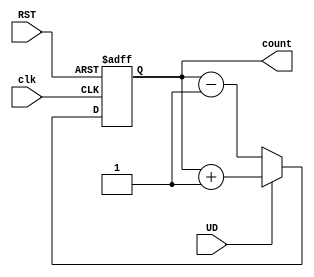
module UpDownCounter (
    input wire clk,        // Clock signal
    input wire RST,        // Asynchronous reset
    input wire UD,         // Up/Down control signal
    output reg [N-1:0] count // N-bit counter output
);
    parameter N = 4; // Define the width of the counter (4 bits)

    always @(posedge clk or posedge RST) begin
        if (RST) begin
            count <= 0; // Reset the counter to 0
        end else begin
            if (UD) begin
                count <= count + 1; // Count up
            end else begin
                count <= count - 1; // Count down
            end
        end
    end
endmodule